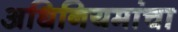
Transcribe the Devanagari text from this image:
अधिनियमांचा